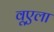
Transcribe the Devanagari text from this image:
वूएला